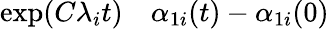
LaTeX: \begin{array}{rl}{\exp(C\lambda_{i}t)}&{{}\alpha_{1i}(t)-\alpha_{1i}(0)}\end{array}